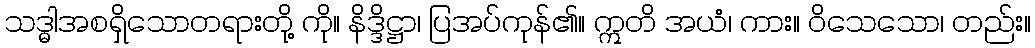
သဒ္ဓါအစရှိသောတရားတို့ ကို။ နိဒ္ဒိဋ္ဌာ၊ ပြအပ်ကုန်၏။ ဣတိ အယံ၊ ကား။ ဝိသေသော၊ တည်း။